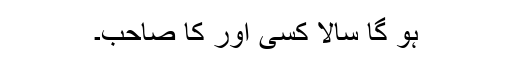
ہو گا سالا کسی اور کا صاحب۔